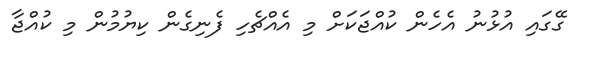
ގޭގައި އުޅުނު އެހެން ކުއްޖަކަށް މި އެއްޗެހި ފެނިގެން ކިޔުމުން މި ކުއްޖާ